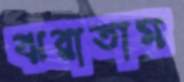
ঝরাতাম